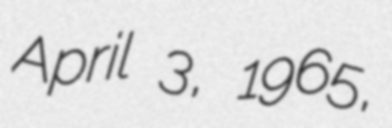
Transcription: April 3, 1965,